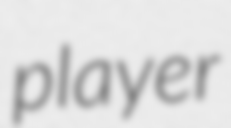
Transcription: player